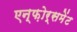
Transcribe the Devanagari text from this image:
एन्फ़ोर्समेंट